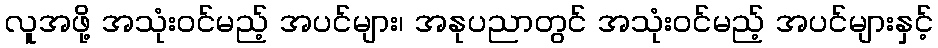
လူအဖို့ အသုံးဝင်မည့် အပင်များ၊ အနုပညာတွင် အသုံးဝင်မည့် အပင်များနှင့်